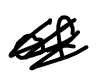
Text: of
Cross-out: scratch
Writing tool: digital_black